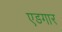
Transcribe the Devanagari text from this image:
एडगार